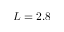
L = 2 . 8